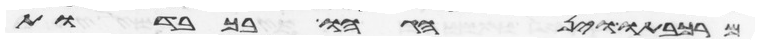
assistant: מרכבתיו וינהגהו בכבודות